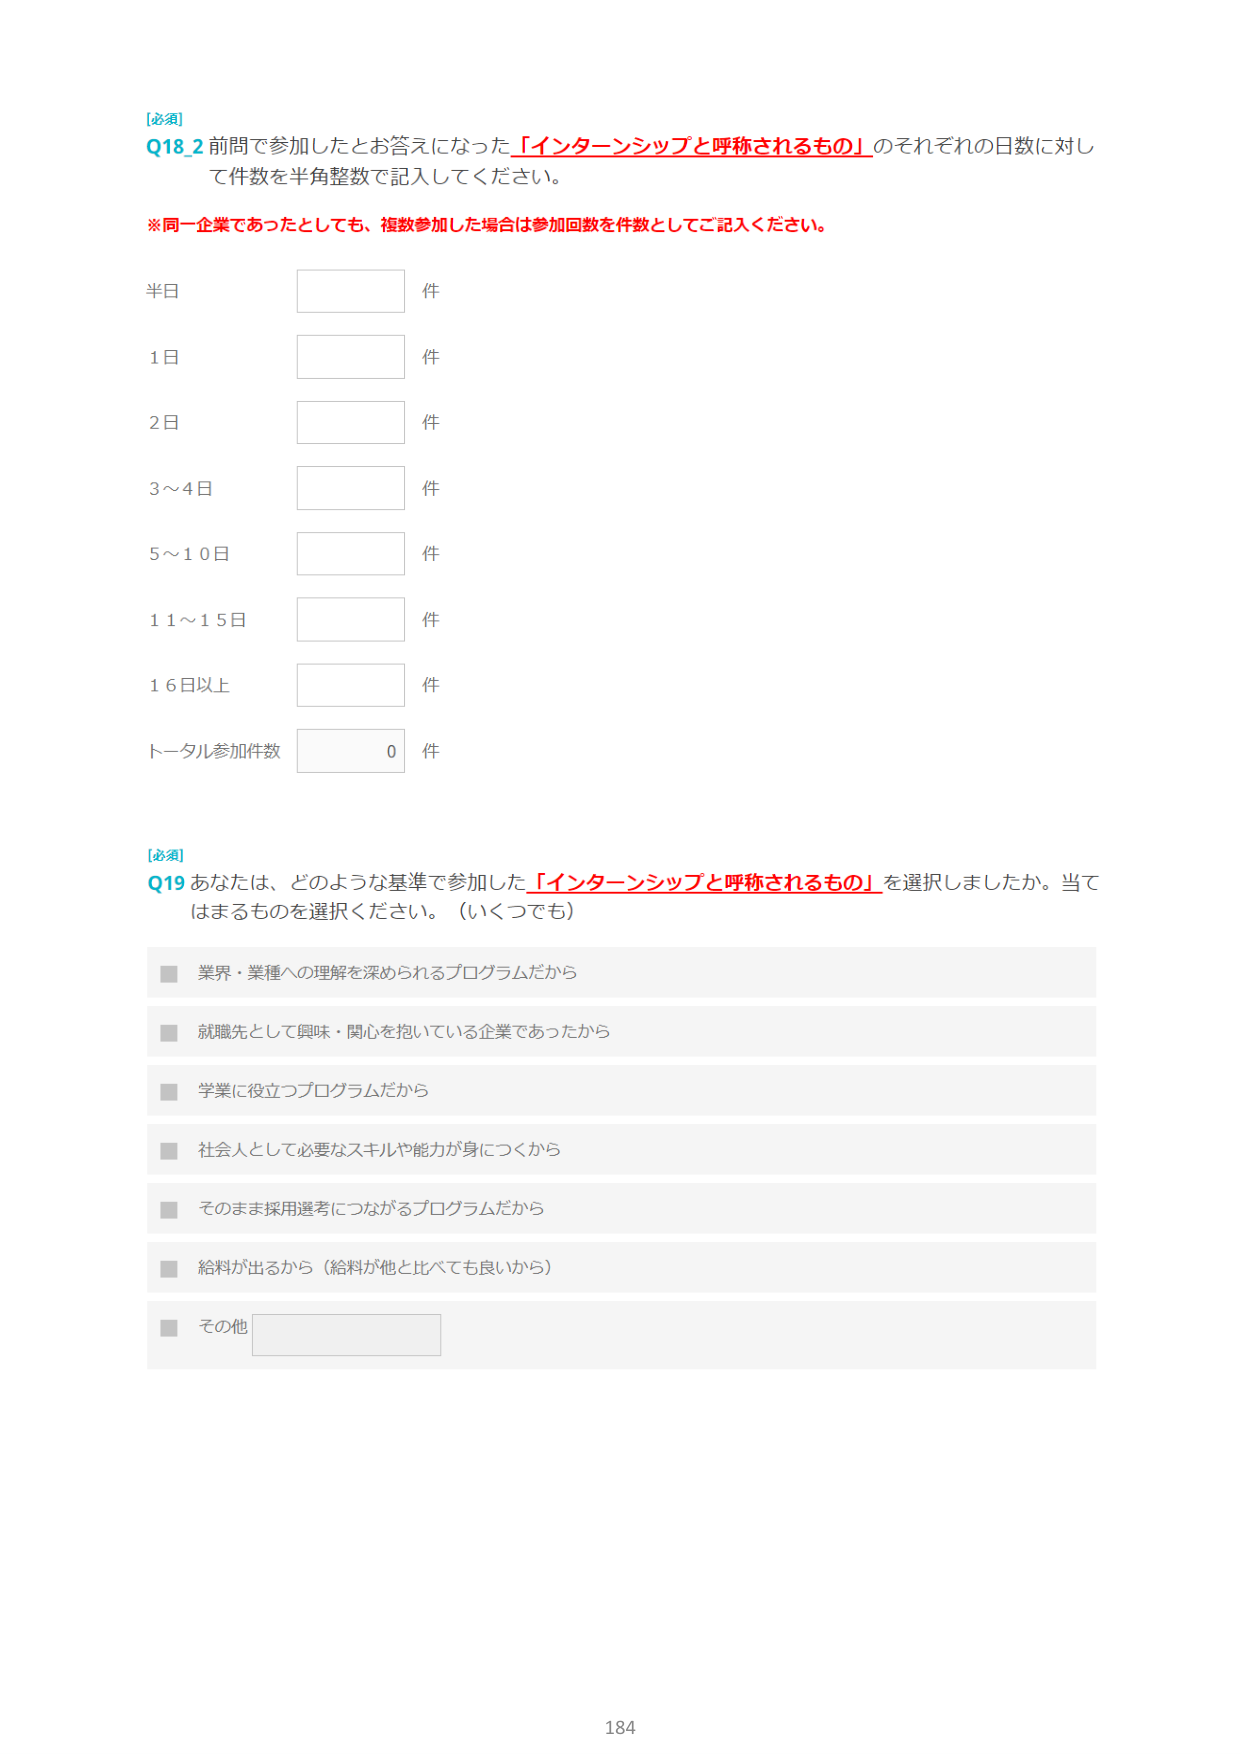
[必須]
Q18.2 前問で参加したとお答えになった「インターンシップと呼称されるもの」のそれぞれの日数に対して件数を半角整数で記入してください。

※同一企業であったとしても、複数参加した場合は参加回数を件数としてご記入ください。

半日